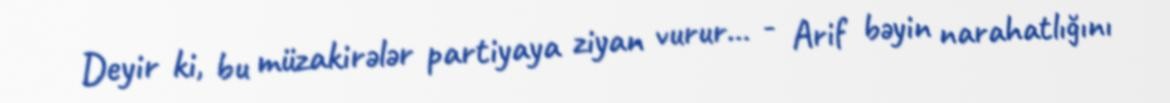
Deyir ki, bu müzakirələr partiyaya ziyan vurur... - Arif bəyin narahatlığını